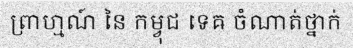
ព្រាហ្មណ៍ នៃ កម្វុជ ទេឝ ចំណាត់ថ្នាក់